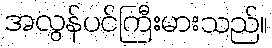
အလွန်ပင်ကြီးမားသည်။